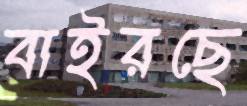
বাইরছে